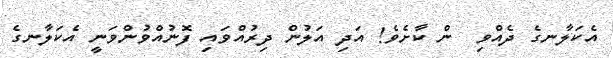
އެކަލާނގެ ދެއްވި  ން ކާށެވެ! އަދި އަލުން ދިރުއްވައި ފޮނުއްވުންވަނީ އެކަލާނގެ